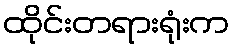
ထိုင်းတရားရုံးက